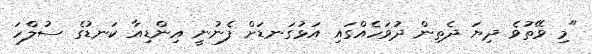
"މި ވޭތުވެ ދިޔަ ދެތިން ދުވަހެއްގައި އަޅުގަނޑަށް ފެނުނީ އިންޑިއާ ކަނޑުގެ ސުލްހަ